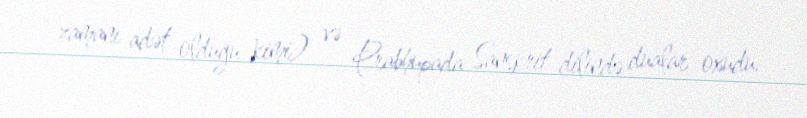
zamanı adət olduğu kimi) və Prabhupada Sanskrit dilində dualar oxudu.